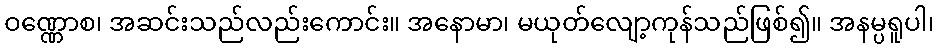
ဝဏ္ဏောစ၊ အဆင်းသည်လည်းကောင်း။ အနောမာ၊ မယုတ်လျော့ကုန်သည်ဖြစ်၍။ အနမ္ပရူပါ၊